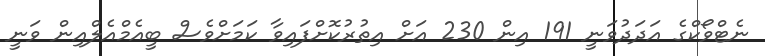
ނެޓްވޯކްގެ އަދަދުވަނީ 191 އިން 230 އަށް އިތުރުކޮށްފަައިވާ ކަމަށްވެސް ބީއެމްއެލްއިން ވަނީ